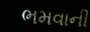
ભમવાની